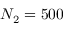
N _ { 2 } = 5 0 0